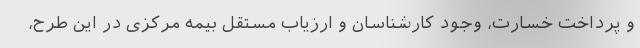
و پرداخت خسارت، وجود کارشناسان و ارزیاب مستقل بیمه مرکزی در این طرح،